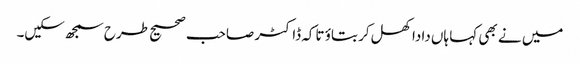
میں نے بھی کہا ہاں دادا کھل کر بتاؤ تاکہ ڈاکٹر صاحب صحیح طرح سمجھ سکیں۔